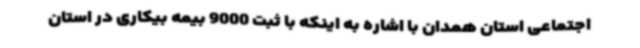
اجتماعی استان همدان با اشاره به اینکه با ثبت 9000 بیمه بیکاری در استان